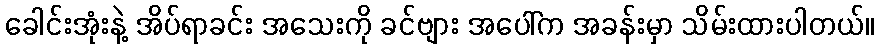
ခေါင်းအုံးနဲ့ အိပ်ရာခင်း အသေးကို ခင်ဗျား အပေါ်က အခန်းမှာ သိမ်းထားပါတယ်။